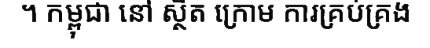
។ កម្ពុជា នៅ ស្ថិត ក្រោម ការគ្រប់គ្រង